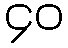
၄၀